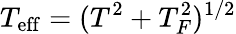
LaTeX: T_{\mathrm{eff}}=(T^{2}+T_{F}^{2})^{1/2}